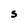
Character: S